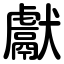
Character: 獻